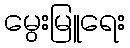
မွေးမြူရေး